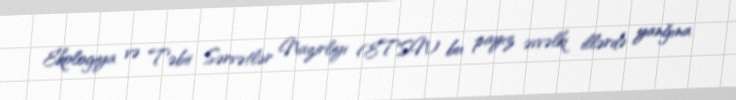
Ekologiya və Təbii Sərvətlər Nazirliyi (ETSN) bu payız əvvəlki illərdə yanğına